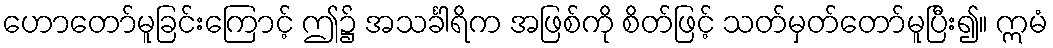
ဟောတော်မူခြင်းကြောင့် ဤ၌ အသင်္ခါရိက အဖြစ်ကို စိတ်ဖြင့် သတ်မှတ်တော်မူပြီး၍။ ဣမံ